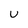
Character: U